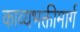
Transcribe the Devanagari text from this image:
काव्यभक्तीमार्ग